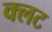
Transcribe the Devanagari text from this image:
क्लट